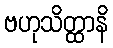
ဗဟုသိတ္ထာနိ